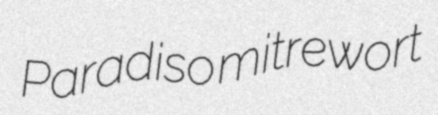
Paradiso mitrewort